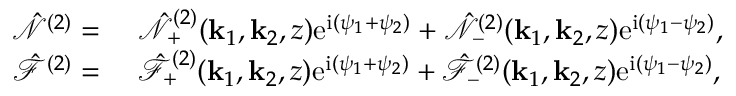
\begin{array} { r l } { \hat { \mathcal { N } } ^ { ( 2 ) } = ~ } & { \hat { \mathcal { N } } _ { + } ^ { ( 2 ) } ( \mathbf { k } _ { 1 } , \mathbf { k } _ { 2 } , z ) \mathrm { e } ^ { \mathrm { i } ( \psi _ { 1 } + \psi _ { 2 } ) } + \hat { \mathcal { N } } _ { - } ^ { ( 2 ) } ( \mathbf { k } _ { 1 } , \mathbf { k } _ { 2 } , z ) \mathrm { e } ^ { \mathrm { i } ( \psi _ { 1 } - \psi _ { 2 } ) } , } \\ { \hat { \mathcal { F } } ^ { ( 2 ) } = ~ } & { \hat { \mathcal { F } } _ { + } ^ { ( 2 ) } ( \mathbf { k } _ { 1 } , \mathbf { k } _ { 2 } , z ) \mathrm { e } ^ { \mathrm { i } ( \psi _ { 1 } + \psi _ { 2 } ) } + \hat { \mathcal { F } } _ { - } ^ { ( 2 ) } ( \mathbf { k } _ { 1 } , \mathbf { k } _ { 2 } , z ) \mathrm { e } ^ { \mathrm { i } ( \psi _ { 1 } - \psi _ { 2 } ) } , } \end{array}